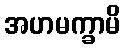
အဟမက္ခာမိ